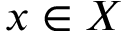
x \in { X }